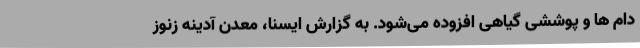
دام ها و پوششی گیاهی افزوده می‌شود. به گزارش ایسنا، معدن آدینه زنوز